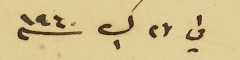
في ٢٧ ك١ سنه ١٩٤٠